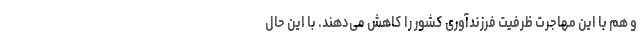
و هم با این مهاجرت ظرفیت فرزندآوری کشور را کاهش می‌دهند. با این حال